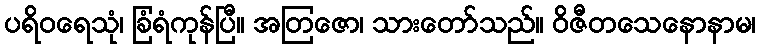
ပရိဝရေသုံ၊ ခြံရံကုန်ပြီ။ အတြဇော၊ သားတော်သည်။ ဝိဇီတသေနောနာမ၊